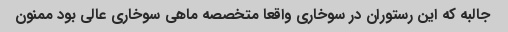
جالبه که این رستوران در سوخاری واقعا متخصصه ماهی سوخاری عالی بود ممنون